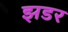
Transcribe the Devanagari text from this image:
झडर